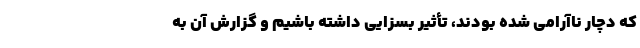
که دچار ناآرامی شده بودند، تأثیر بسزایی داشته باشیم و گزارش آن به